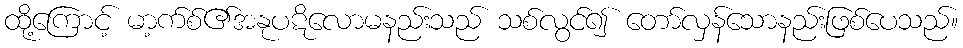
ထို့ကြောင့် မာ့က်စ်၏အနုပဋိလောမနည်းသည် သစ်လွင်၍ တော်လှန်သောနည်းဖြစ်ပေသည်။